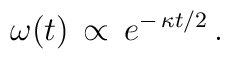
\:\omega (t) \,\propto \, e^{-\,\kappa t/2} \,.\: